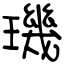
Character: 璣